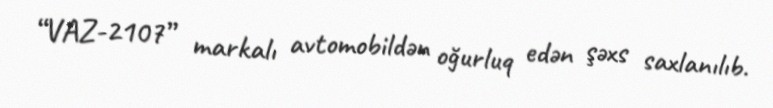
“VAZ-2107” markalı avtomobildən oğurluq edən şəxs saxlanılıb.